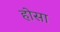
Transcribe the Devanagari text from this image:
होसा